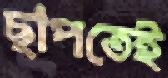
ছাপতেই